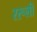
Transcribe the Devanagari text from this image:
ररूली